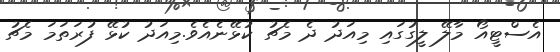
އެސްޓީއޯ މާލޭ ލީގުގައި މިއަދު ދެ މެޗު ކުޅޭނެއެވެ.މިއަދު ކުޅޭ ފުރަތަމަ މެޗު